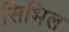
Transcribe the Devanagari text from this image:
सिभिल